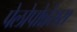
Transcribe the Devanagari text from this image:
पेलोपोन्नेसस